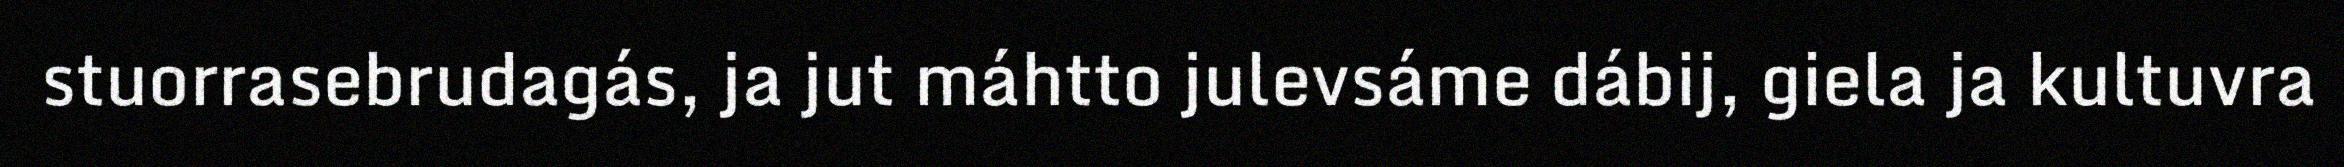
stuorrasebrudagás, ja jut máhtto julevsáme dábij, giela ja kultuvra